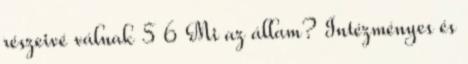
részeivé válnak 5 6 Mi az állam? Intézményes és